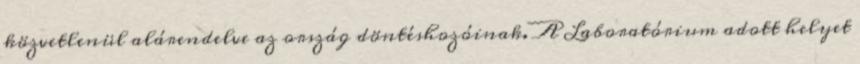
közvetlenül alárendelve az ország döntéshozóinak. A Laboratórium adott helyet